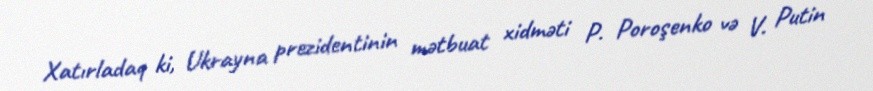
Xatırladaq ki, Ukrayna prezidentinin mətbuat xidməti P. Poroşenko və V. Putin